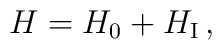
H=H_{0}+H_{\mbox{\scriptsize I}}\,,